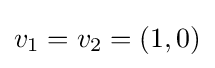
v_{1}=v_{2}=(1,0)